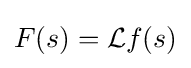
F(s)={\mathcal {L}}f(s)